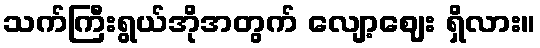
သက်ကြီးရွယ်အိုအတွက် လျော့ဈေး ရှိလား။